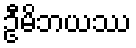
ဦမိဘယဿ